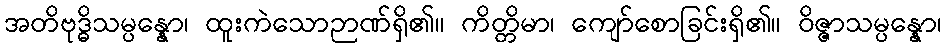
အတိဗုဒ္ဓိသမ္ပန္နော၊ ထူးကဲသောဉာဏ်ရှိ၏။ ကိတ္တိမာ၊ ကျော်စောခြင်းရှိ၏။ ဝိဇ္ဇာသမ္ပန္နော၊